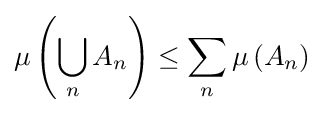
\mu \left(\bigcup _{n}A_{n}\right)\leq \sum _{n}\mu \left(A_{n}\right)